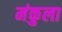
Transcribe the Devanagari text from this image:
मंकुला